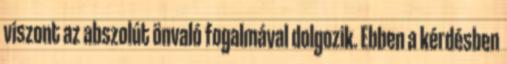
viszont az abszolút önvaló fogalmával dolgozik. Ebben a kérdésben